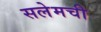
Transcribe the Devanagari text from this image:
सलेमची